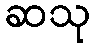
ဆသု